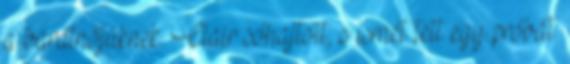
a barátnőjüknek. Clair sóhajtott, s ismét tett egy próbát: